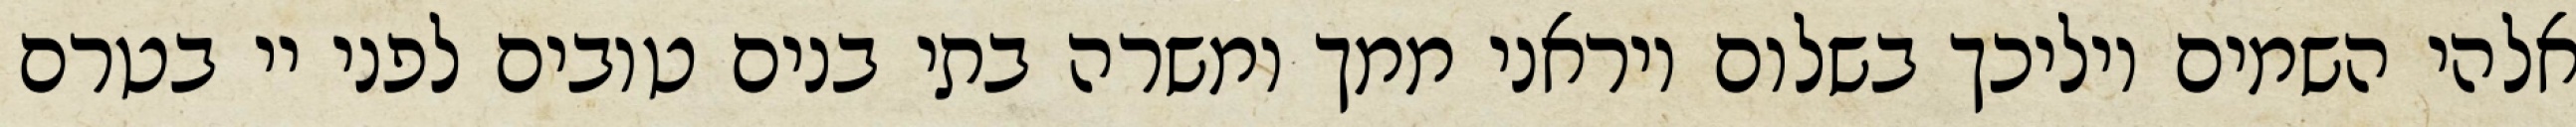
אלהי השמים יוליכך בשלום ויראני ממך ומשרה בתי בנים טובים לפני יי בטרם